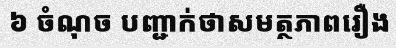
៦ ចំណុច បញ្ជាក់ថាសមត្ថភាពរឿង